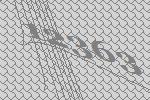
12363